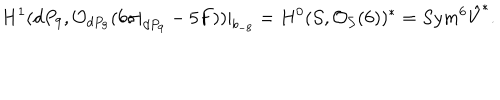
H ^ { 1 } ( d P _ { 9 } , { \cal O } _ { d P _ { 9 } } ( 6 \sigma | _ { d P _ { 9 } } - 5 F ) ) | _ { b _ { - 8 } } = H ^ { 0 } ( { \cal S } , { \cal O } _ { { \cal S } } ( 6 ) ) ^ { * } = S y m ^ { 6 } \hat { V } ^ { * } .